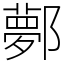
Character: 鄸